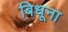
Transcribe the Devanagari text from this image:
बिधूना